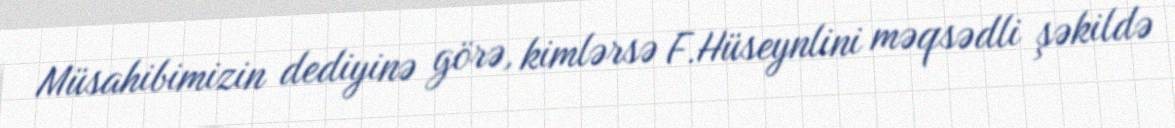
Müsahibimizin dediyinə görə, kimlərsə F.Hüseynlini məqsədli şəkildə